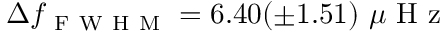
\Delta f _ { \mathrm { ~ F ~ W ~ H ~ M ~ } } = 6 . 4 0 ( \pm 1 . 5 1 ) \mathrm { ~ } \mu \mathrm { ~ H ~ z ~ }